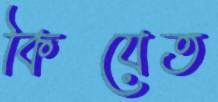
কিয়েত